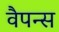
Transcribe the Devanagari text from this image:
वैपन्स